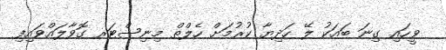
ވީހައި ގިނަ ބައަކު ލޭ ހަދިޔާ ކުރުމަށް ހެލްތް މިނިސްޓަރ ގޮވާލައްވައިފި